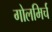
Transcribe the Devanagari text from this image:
गोलमिर्च